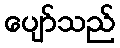
ပျော်သည်